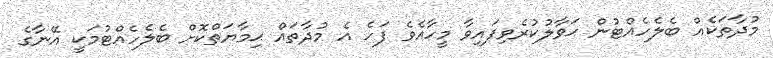
މުދާތަކެއް ބެލެހެއްޓުން ޙަވާލުކުރެވިފައިވާ މީހާއެވެ ފަހެ އެ މުދާތައް ޙިމާޔަތްކޮށް ބެލެހެއްޓުމަކީ އޭނާގެ